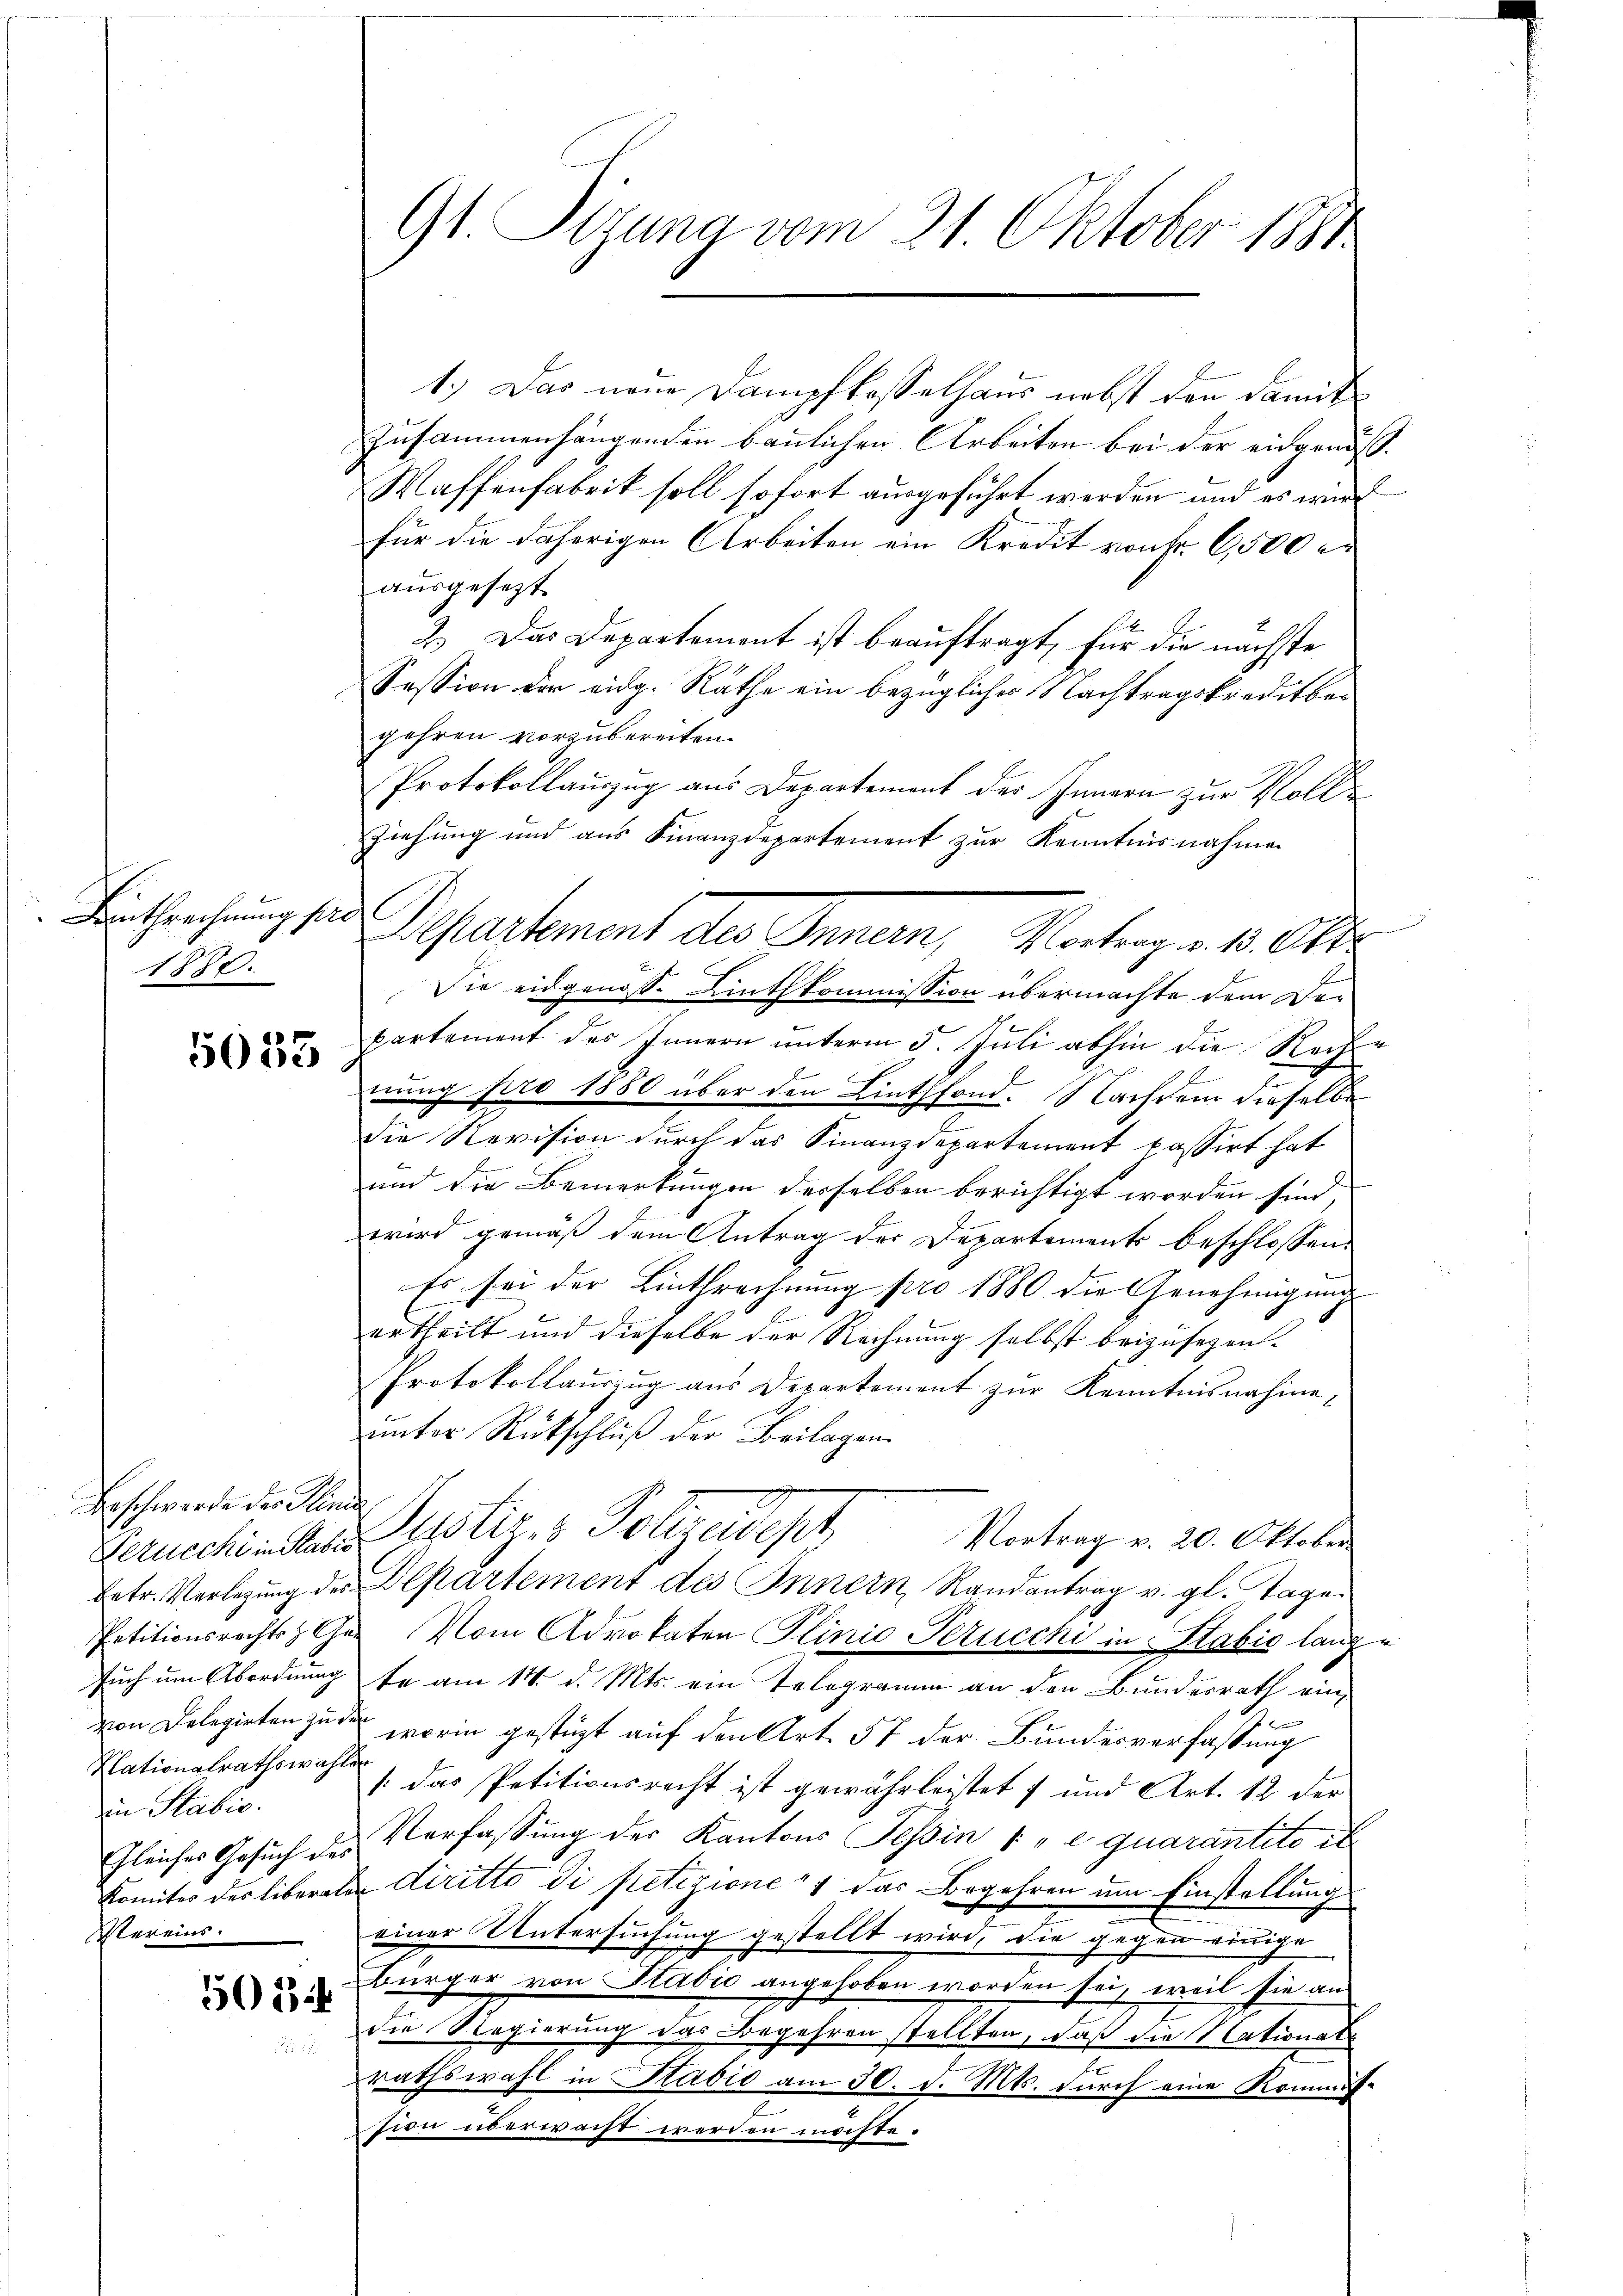
Linthrechnung sind.
1880.

5033

Beschwerde der Plin.
Pezucchi in Kabin
Nationalrathswahlen
in Stabis.
Vereins.

502

G1. Sezung vom 21. Oktober 1881

1.) Das neue Dampfkasselhaus nebst den damit
Zusammenhängenden baulichen Arbeiten bei der eidgenös¬
Waffenfabrik soll sofort ausgeführt werden und es wir
für die daherigen Arbeiten ein Kredit von Fr. 6500 er
ausgesezt.
2.) Das Departement ist beauftragt, für die nächste
Session der eidg. Räthe ein bezüglicher Nachtragskreditber
gehren vorzubereiten.
Protokollauszug aus Departement des Innern zur Voll¬
Ziehung und aus Finanzdepartement zur Kenntnisnahmen
Departement des Innen, Martige 18 t
Die eidgenosse Linthkommission übermachte dem Derpartement des Innern unterm 5. Juli abhin die Reche
nung pro 1880 über den Linthfond. Nachdem dieselbe
die Revision durch das Finanzdepartement passirt hat
und die Bemerkungen derselben berichtigt worden sind,
wird gemäß dem Antrag der Departements beschlossen:
Es sei der Linthrechnung pro 1880 die Genehmigung
ertheilt und dieselbe der Rechnung selbst beizusezen-
Protokollauszug aus Departement zur Kenntnisnahme,
unter Rückschluß der Beilagen.
i
Justiz- & Polizeidept
Vortrag v. 20. Oktober
betr. Verlegung des Departement des Innern Randantrag v. gl. Tage
Petitionsrechts Ges. Vom Advokaten Plinio Srucchi in Stabić lange
such um Abordnung fe am 14. d. Mts. ein Telegramm an den Bundesrath ein-
e
von Delegirten zu worin gestüzt auf den Art. 57 der Bundesverfassung
[das Petitionsrecht ist gewährleistets und Art. 12 der
Gleiches Gesuch des Verfassung der Kantons Tessin 1 e quarantito et
komites des liberate diritto di petizione das Begehren um Einstellung
einer Untersuchung gestellt wird, die gegen einige
Bürger von Stabić angehoben worden sei, weil sie an
die Regierung das Begehren stellten, daß die Nationalrathswahl in Radio am 30. d. Mts. durch eine Kommistion überwacht werden möchte.